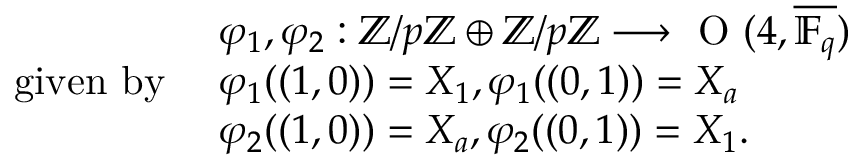
\begin{array} { r l } & { \varphi _ { 1 } , \varphi _ { 2 } : \ensuremath { \mathbb { Z } } / p \ensuremath { \mathbb { Z } } \oplus \ensuremath { \mathbb { Z } } / p \ensuremath { \mathbb { Z } } \longrightarrow \textup { O } ( 4 , \overline { { \mathbb { F } _ { q } } } ) } \\ { \mathrm { g i v e n ~ b y ~ } } & { \varphi _ { 1 } ( ( 1 , 0 ) ) = X _ { 1 } , \varphi _ { 1 } ( ( 0 , 1 ) ) = X _ { a } } \\ & { \varphi _ { 2 } ( ( 1 , 0 ) ) = X _ { a } , \varphi _ { 2 } ( ( 0 , 1 ) ) = X _ { 1 } . } \end{array}